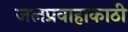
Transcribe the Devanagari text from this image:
जलप्रवाहाकाठी